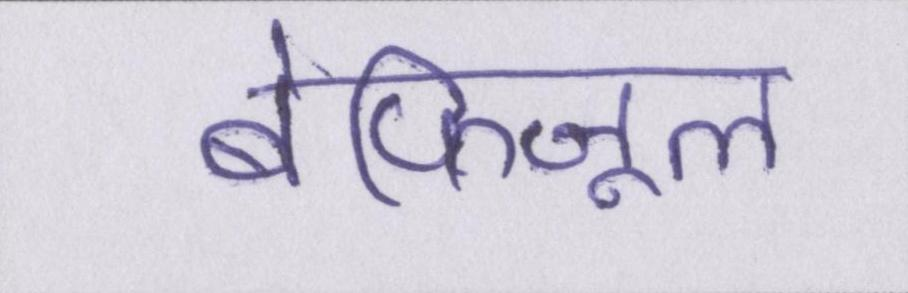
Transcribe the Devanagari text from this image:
बेफ़िजूल